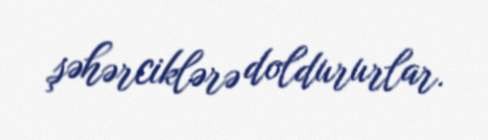
şəhərciklərə doldururlar.